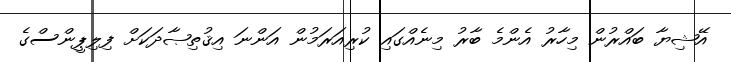
އޭޝިޔާ ބައްރުން މިހާރު އެންމެ ބާރު މިނެއްގައި ކުރިއަރަމުން އަންނަ އިޤުތިޞާދަކަށް ފިލިޕީންސްގެ